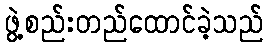
ဖွဲ့စည်းတည်ထောင်ခဲ့သည်